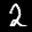
Label: 2